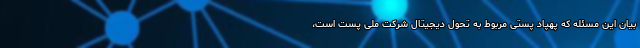
بیان این مسئله که پهپاد پستی مربوط به تحول دیجیتال شرکت ملی پست است،